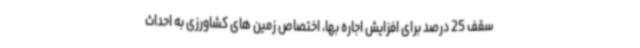
سقف 25 درصد برای افزایش اجاره بها، اختصاص زمین های کشاورزی به احداث